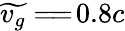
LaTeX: \widetilde{v_{g}}=\! =\! 0.8c